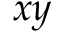
x y